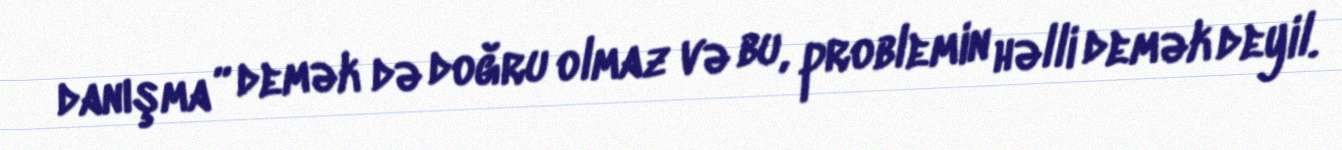
danışma” demək də doğru olmaz və bu, problemin həlli demək deyil.